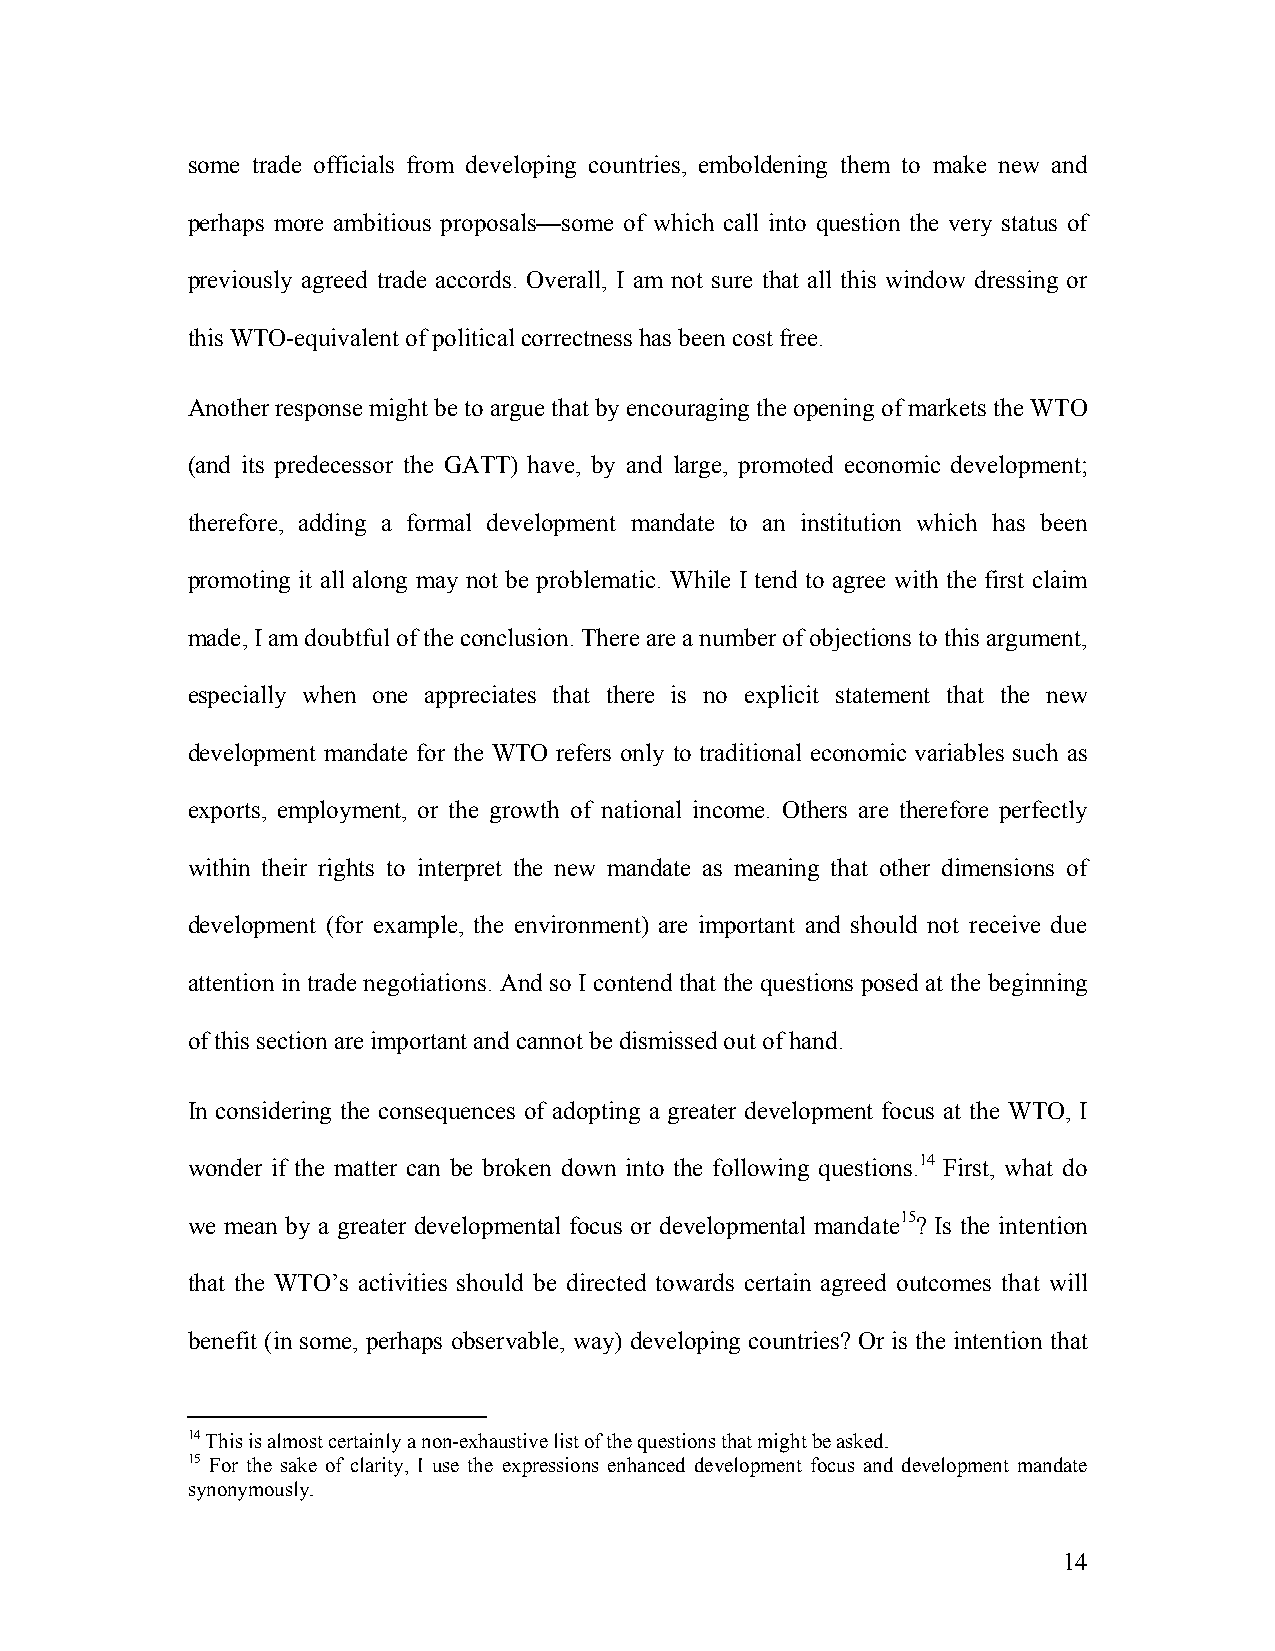
some trade officials from developing countries, emboldening them to make new and
 perhaps more ambitious proposals—some of which call into question the very status of
 previously agreed trade accords. Overall, I am not sure that all this window dressing or
 this WTO-equivalent of political correctness has been cost free.
 Another response might be to argue that by encouraging the opening of markets the WTO
 (and its predecessor the GATT) have, by and large, promoted economic development;
 therefore, adding a formal development mandate to an institution which has been
 promoting it all along may not be problematic. While I tend to agree with the first claim
 made, I am doubtful of the conclusion. There are a number of objections to this argument,
 especially when one appreciates that there is no explicit statement that the new
 development mandate for the WTO refers only to traditional economic variables such as
 exports, employment, or the growth of national income. Others are therefore perfectly
 within their rights to interpret the new mandate as meaning that other dimensions of
 development (for example, the environment) are important and should not receive due
 attention in trade negotiations. And so I contend that the questions posed at the beginning
 of this section are important and cannot be dismissed out of hand.
 In considering the consequences of adopting a greater development focus at the WTO, I
 wonder if the matter can be broken down into the following questions.14 First, what do
 we mean by a greater developmental focus or developmental mandate15? Is the intention
 that the WTO’s activities should be directed towards certain agreed outcomes that will
 benefit (in some, perhaps observable, way) developing countries? Or is the intention that
 14 This is almost certainly a non-exhaustive list of the questions that might be asked.
 15 For the sake of clarity, I use the expressions enhanced development focus and development mandate
 synonymously.
 14